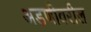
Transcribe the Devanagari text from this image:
अडणीवरील